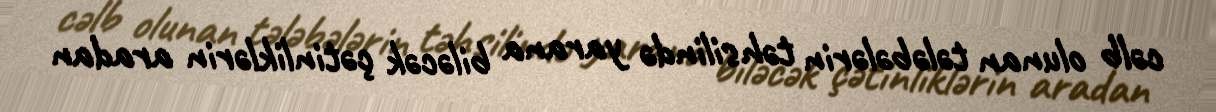
cəlb olunan tələbələrin təhsilində yarana biləcək çətinliklərin aradan